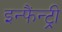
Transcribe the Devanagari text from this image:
इन्फैंन्ट्री